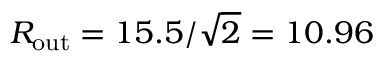
R _ { \mathrm { o u t } } = 1 5 . 5 / \sqrt { 2 } = 1 0 . 9 6